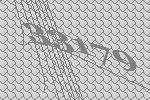
33179